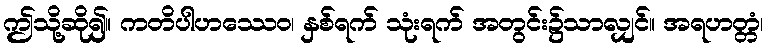
ဤသို့ဆို၍။ ကတိပါဟဿေဝ၊ နှစ်ရက် သုံးရက် အတွင်း၌သာလျှင်။ အရဟတ္တံ၊